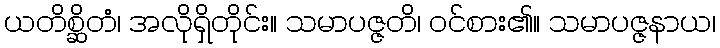
ယတိစ္ဆိတံ၊ အလိုရှိတိုင်း။ သမာပဇ္ဇတိ၊ ဝင်စား၏။ သမာပဇ္ဇနာယ၊